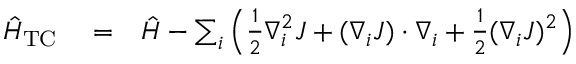
\begin{array} { r l r } { \hat { H } _ { \mathrm { T C } } } & { { } = } & { \hat { H } - \sum _ { i } \left( \frac { 1 } { 2 } \nabla _ { i } ^ { 2 } J + ( \nabla _ { i } J ) \cdot \nabla _ { i } + \frac { 1 } { 2 } ( \nabla _ { i } J ) ^ { 2 } \right) } \end{array}